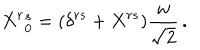
X ^ { r } { } _ { 0 } ^ { s } = ( \delta ^ { r s } + X ^ { r s } ) \frac { w } { \sqrt { 2 } } \, .